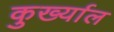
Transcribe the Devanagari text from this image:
कुर्ख्याल